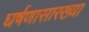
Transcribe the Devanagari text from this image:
घर्षणासारख्या